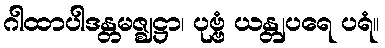
ဂါထာပါဒန္တမဇ္ဈဋ္ဌာ၊ ပုဗ္ဗံ ယန္တျပရေ ပရံ။